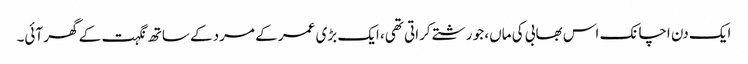
ایک دن اچانک اس بھابی کی ماں، جو رشتے کراتی تھی، ایک بڑی عمر کے مرد کے ساتھ نگہت کے گھر آئی۔